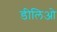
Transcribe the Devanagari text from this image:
डीलिओ